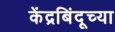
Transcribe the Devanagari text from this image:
केंद्रबिंदूच्या